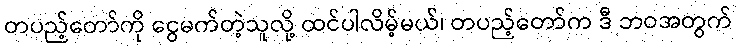
တပည့်တော်ကို ငွေမက်တဲ့သူလို့ ထင်ပါလိမ့်မယ်၊ တပည့်တော်က ဒီ ဘဝအတွက်